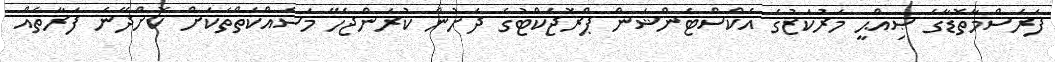
ފަރެސްމާތޮޑާގެ ޞިއްޙީ މަރުކަޒުގެ އެކްސްޓެންޝަން ޕްރޮޖެކްޓުގެ ދަށުން ކުރަންޖެހޭ މަސައްކަތްތަކަށް ކޮށްދޭނެ ފަރާތެއް